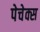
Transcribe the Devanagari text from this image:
पेचेक्स